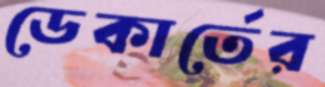
ডেকার্তের